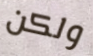
ولكن